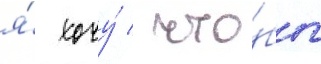
я́ хочу́ / что́бы